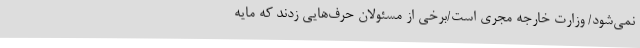
نمی‌شود/ وزارت خارجه مجری است/برخی از مسئولان حرف‌هایی زدند که مایه